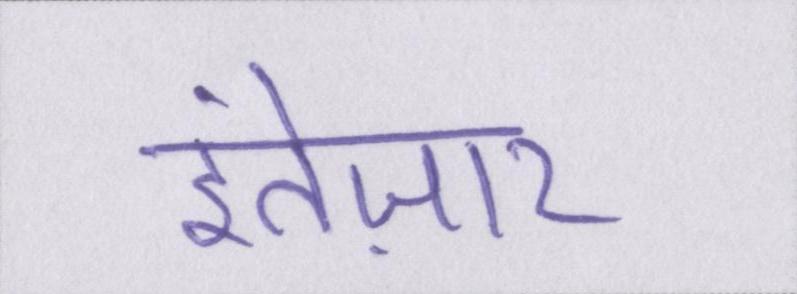
इंतेज़ार